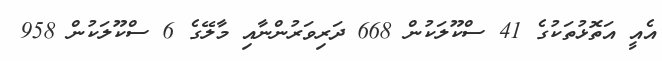
އެއީ އަތޮޅުތަކުގެ 41 ސްކޫލަކުން 668 ދަރިވަރުންނާއި މާލޭގެ 6 ސްކޫލަކުން 958